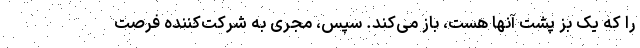
را که یک بز پشت آنها هست، باز می‌کند. سپس، مجری به شرکت‌کننده فرصت